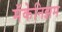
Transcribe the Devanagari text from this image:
मॅकेनिझम